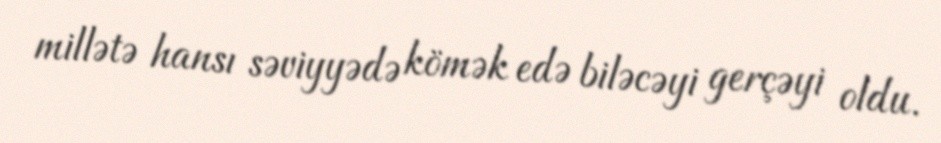
millətə hansı səviyyədə kömək edə biləcəyi gerçəyi oldu.